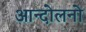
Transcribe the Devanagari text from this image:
आन्दोलनो